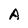
Character: A